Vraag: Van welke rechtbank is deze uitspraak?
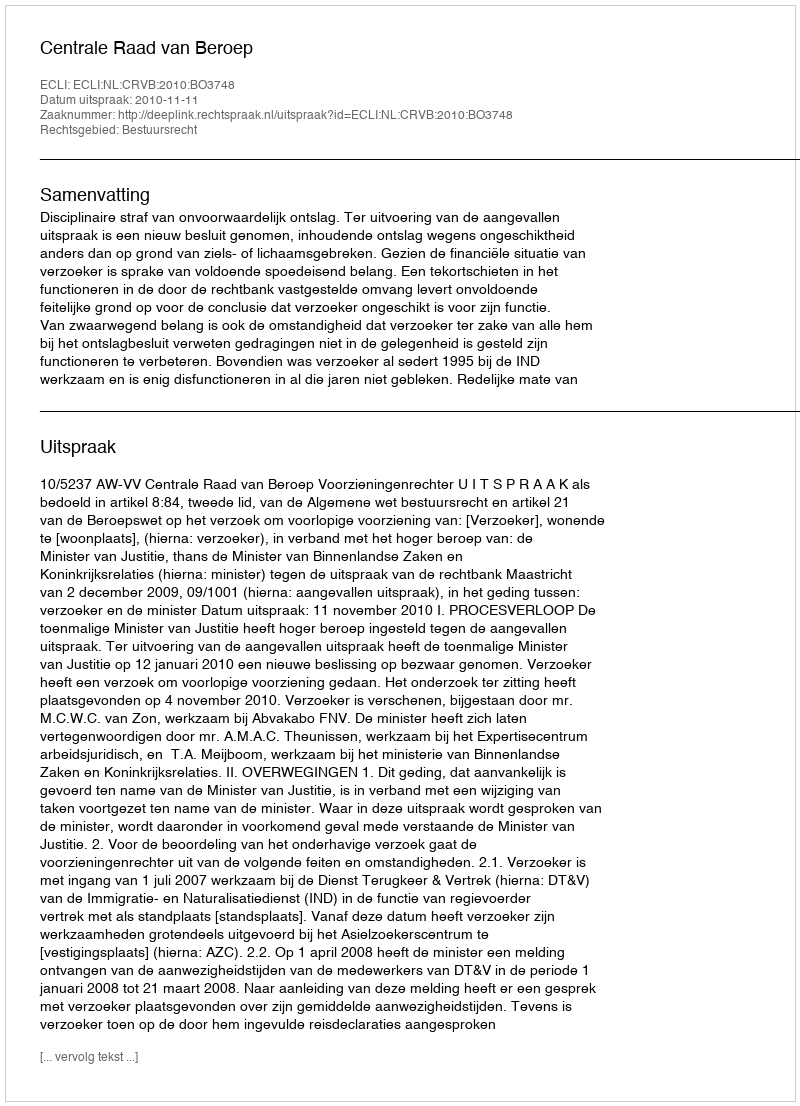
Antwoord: Centrale Raad van Beroep